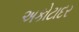
અકોટાદર